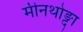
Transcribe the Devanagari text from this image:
मीनथोङ्दा